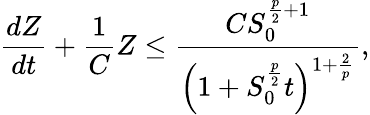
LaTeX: \frac{dZ}{dt}+\frac{1}{C}Z\le\frac{CS_{0}^{\frac{p}{2}+1}}{\left(1+S_{0}^{\frac{p}{2}}t\right)^{1+\frac{2}{p}}},